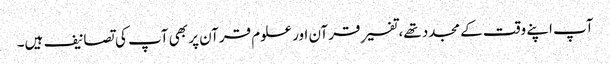
آپ اپنے وقت کے مجدد تھے، تفسیرِ قرآن اور علوم قرآن پر بھی آپ کی تصانیف ہیں۔